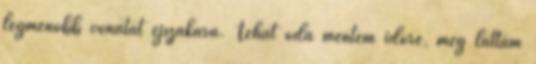
legmenőbb vonatát éjszakára. Tehát oda mentem időre, még láttam